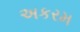
અકરમ